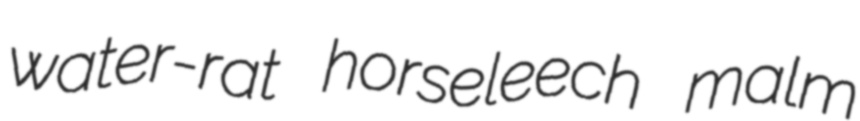
water-rat horseleech malm